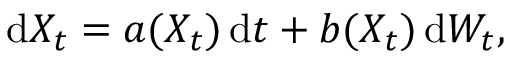
\mathrm { d } X _ { t } = a ( X _ { t } ) \, \mathrm { d } t + b ( X _ { t } ) \, \mathrm { d } W _ { t } ,